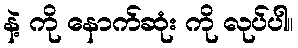
နဲ့ ကို နောက်ဆုံး ကို လုပ်ပါ။